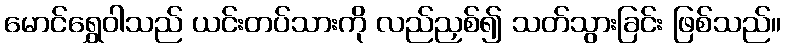
မောင်ရွှေဝါသည် ယင်းတပ်သားကို လည်ညှစ်၍ သတ်သွားခြင်း ဖြစ်သည်။